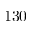
1 3 0